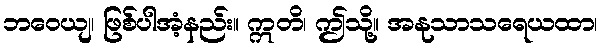
ဘဝေယျ၊ ဖြစ်ပါအံ့နည်း။ ဣတိ၊ ဤသို့။ အနုသာသရေယထာ၊